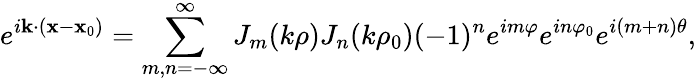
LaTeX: e^{i{\mathbf k}\cdot({\mathbf x}-{\mathbf x_{0}})}=\sum_{m,n=-\infty}^{\infty}J_{m}(k\rho)J_{n}(k\rho_{0})(-1)^{n}e^{im\varphi}e^{in\varphi_{0}}e^{i(m+n)\theta},